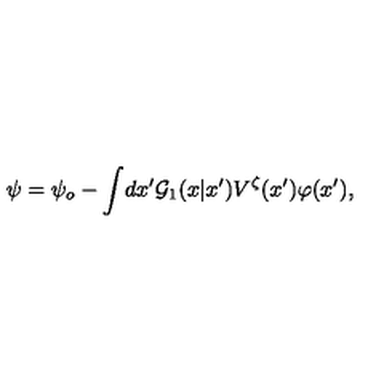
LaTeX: \psi = \psi _ { o } - \int \! d x ^ { \prime } { \cal G } _ { 1 } ( x | x ^ { \prime } ) V ^ { \zeta } ( x ^ { \prime } ) \varphi ( x ^ { \prime } ) ,